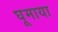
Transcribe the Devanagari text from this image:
घूमाया